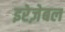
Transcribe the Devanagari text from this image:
इरेज़ेबल